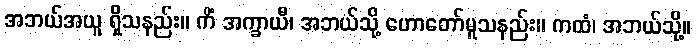
အဘယ်အယူ ရှိသနည်း။ ကိံ အက္ခာယီ၊ အဘယ်သို့ ဟောတော်မူသနည်း။ ကထံ၊ အဘယ်သို့။